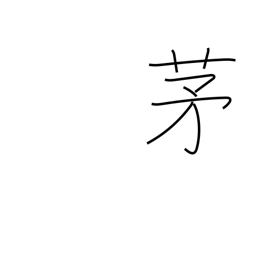
Meaning: miscanthus reed